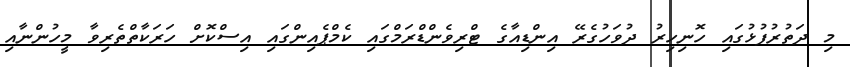
މި ދަތުރުފުޅުގައި ހޮނިހިރު ދުވަހުގެރޭ އިންޑިއާގެ ޓްރިވެންޑްރަމްގައި ކެމްޕެއިންގައި އިސްކޮށް ހަރަކާތްތެރިވާ މީހުންނާއި